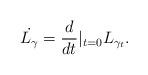
LaTeX: \begin{align*} \dot{L_{\gamma}} = \frac{d}{dt}|_{t = 0} L_{\gamma_t}. \end{align*}